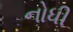
નોધી